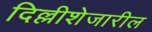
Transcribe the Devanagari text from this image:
दिल्लीशेजारील